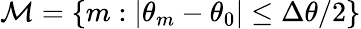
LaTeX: \mathcal{M}=\{ m:|\theta_{m}-\theta_{0}|\leq\Delta\theta/2\}